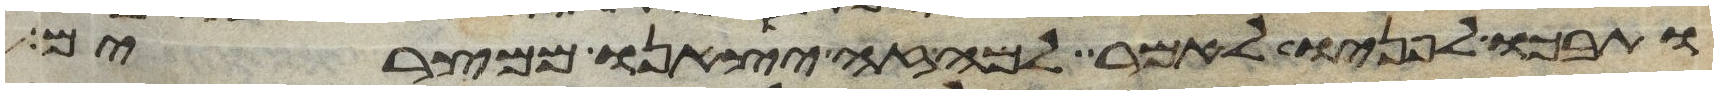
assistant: ותבכו לפניו לאמר למה זה יצאנו ממצרים